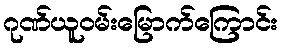
ဂုဏ်ယူဝမ်းမြောက်ကြောင်း